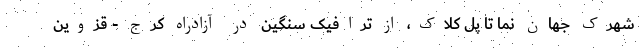
شهرک جهان نما تا پل کلاک، از ترافیک سنگین در آزادراه کرج - قزوین